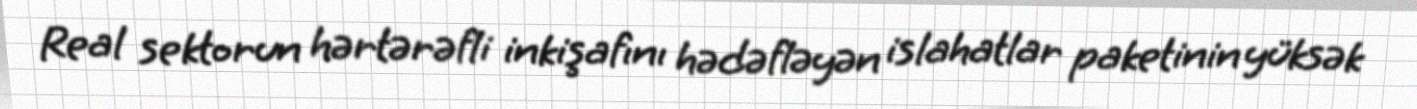
Real sektorun hərtərəfli inkişafını hədəfləyən islahatlar paketinin yüksək